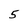
Character: 5